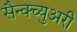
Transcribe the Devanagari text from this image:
सैन्क्च्युअरी